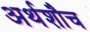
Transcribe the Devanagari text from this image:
अर्थशौच